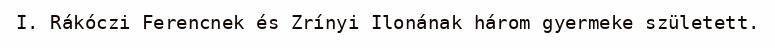
I. Rákóczi Ferencnek és Zrínyi Ilonának három gyermeke született.